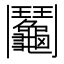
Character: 鬮